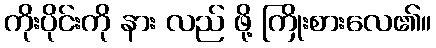
ကိုးပိုင်းကို နား လည် ဖို့ ကြိုးစားလေ၏။